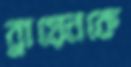
ব্রায়েনকে